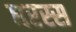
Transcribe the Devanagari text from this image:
घरस्स